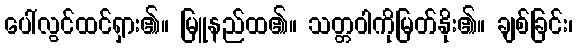
ပေါ်လွင်ထင်ရှား၏။ မြူနည်ထ၏။ သတ္တဝါကိုမြတ်နိုး၏။ ချစ်ခြင်း၊